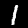
Label: 1